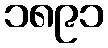
၁၈၉၁